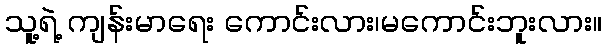
သူ့ရဲ့ ကျန်းမာရေး ကောင်းလား၊မကောင်းဘူးလား။